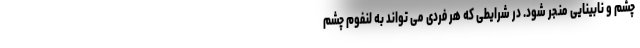
چشم و نابینایی منجر شود. در شرایطی که هر فردی می تواند به لنفوم چشم